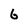
Character: 6